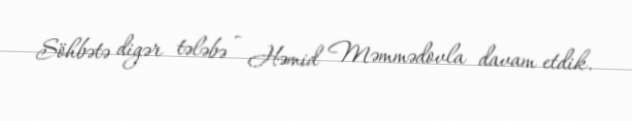
Söhbətə digər tələbə - Həmid Məmmədovla davam etdik.